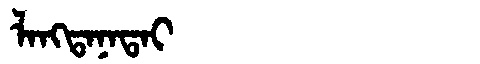
Manchu: ᠯᠠᠩᡨᠠᠨᠠᡨᠠᡳ
Romanization: LANGTANATAI